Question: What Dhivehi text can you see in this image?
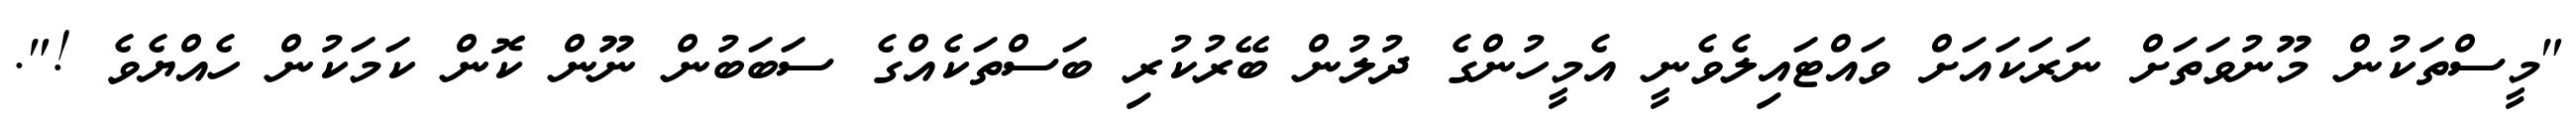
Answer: "މީސްތަކުން މޫނުވަތަށް ނަރަކައަށް ވައްޓައިލެވެނީ އެމީހުންގެ ދުލުން ބޭރުކުރި ބަސްތަކެއްގެ ސަބަބުން ނޫން ކޮން ކަމަކުން ހެއްޔެވެ !".